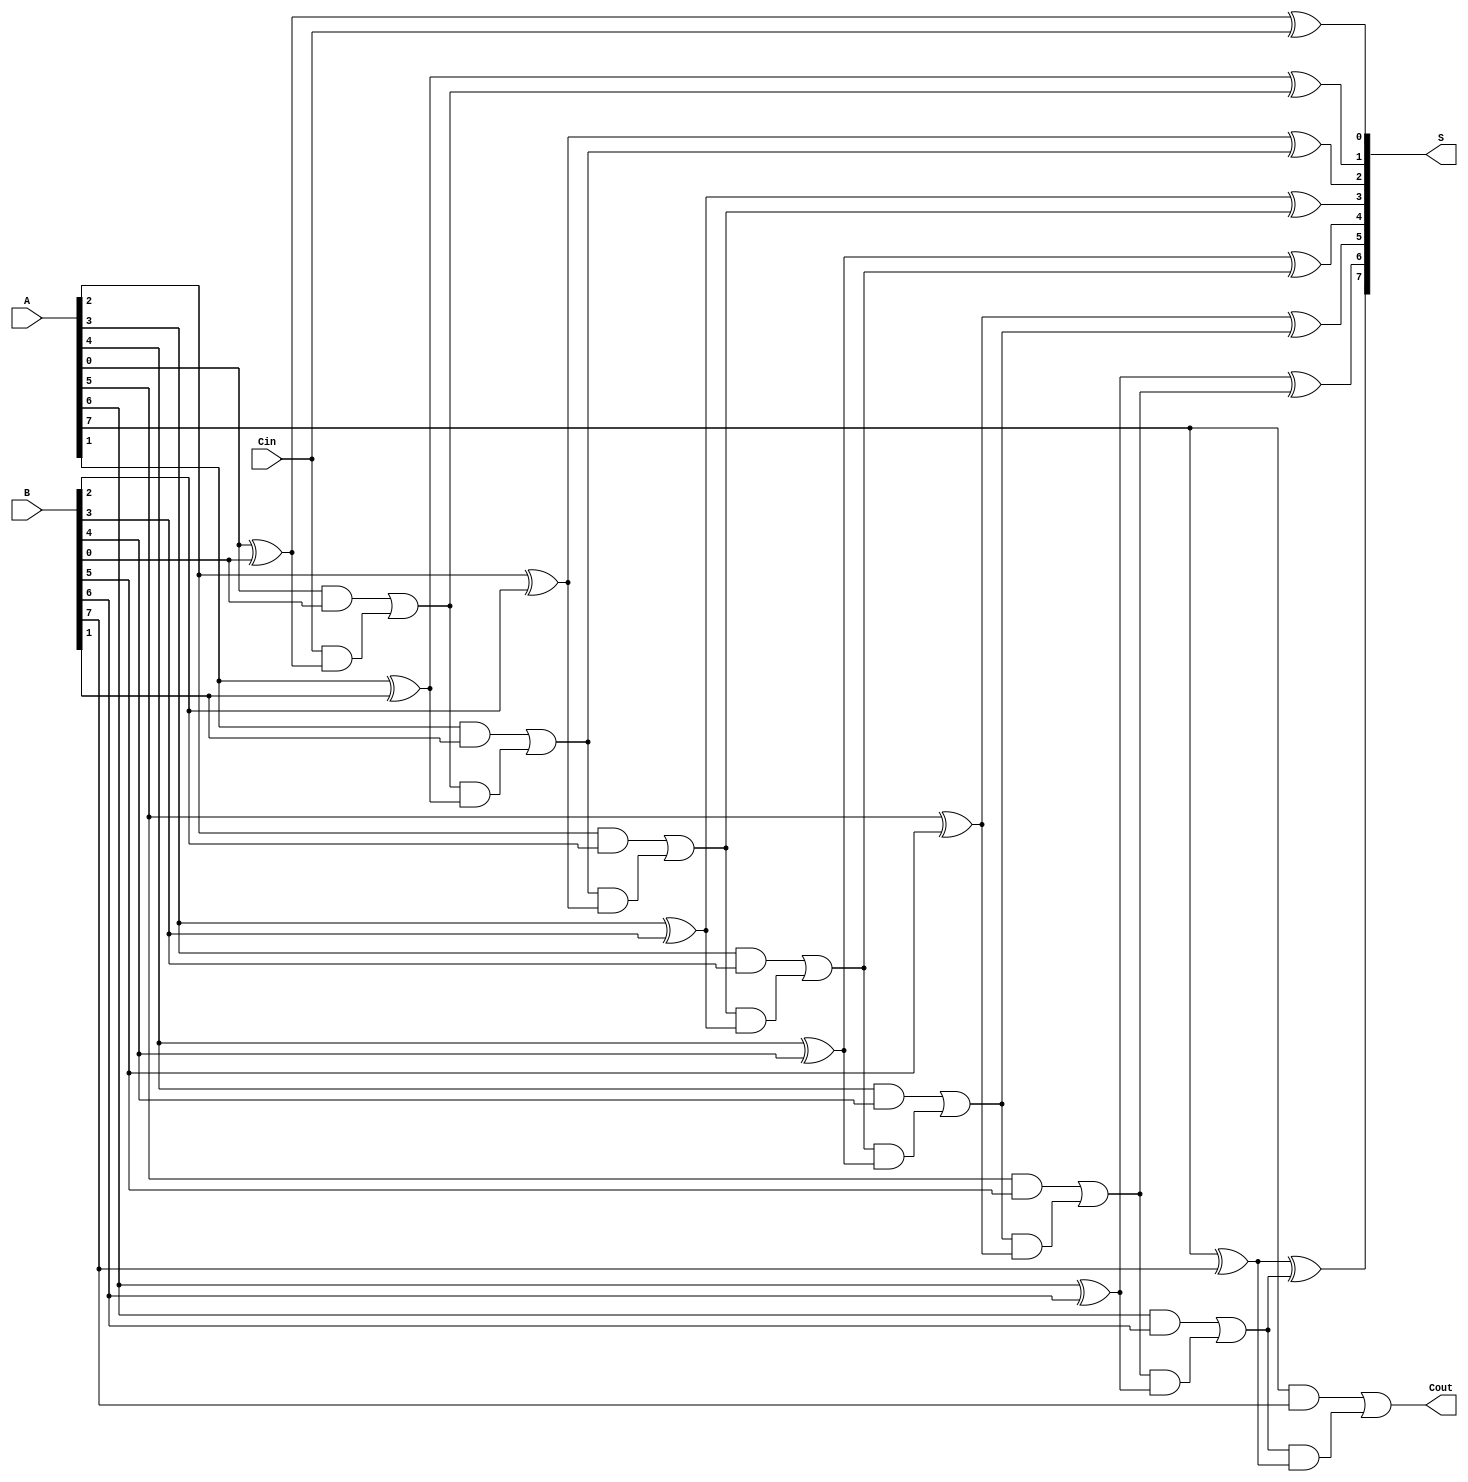
module ManchesterCarryChainAdder #(parameter N = 8) (
    input  wire [N-1:0] A,      // First n-bit input
    input  wire [N-1:0] B,      // Second n-bit input
    input  wire Cin,             // Carry-in signal
    output wire [N-1:0] S,       // n-bit sum output
    output wire Cout             // Carry-out signal
);

    wire [N:0] carry; // Carry signals (N+1 to accommodate carry-out)

    // Initial carry-in
    assign carry[0] = Cin;

    genvar i;
    generate
        for (i = 0; i < N; i = i + 1) begin : adder
            // Sum calculation for each bit
            assign S[i] = A[i] ^ B[i] ^ carry[i];

            // Carry generation
            assign carry[i+1] = (A[i] & B[i]) | (carry[i] & (A[i] ^ B[i]));
        end
    endgenerate

    // Final carry-out
    assign Cout = carry[N];

endmodule